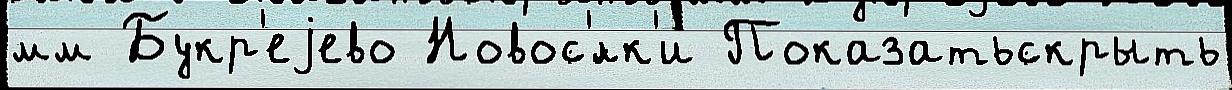
мм Букр'еjево Новос'́лк'и Показатьскрыть